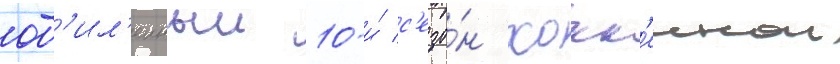
юб'ил'еиныи 10-и́ с'езо́н хокк'еинои